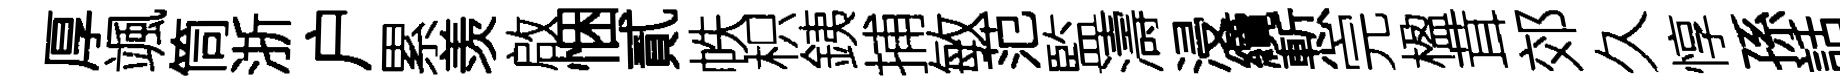
厚颯筒浙户累羡啟悃貳帙枳銕捕敏范監濤浸纜慙完楹茸郊久惇孫話